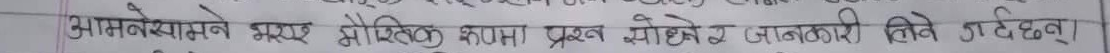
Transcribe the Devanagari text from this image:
आमन्येक्षणमा भए मौतिक कुरामा प्रश्न सोधने जानकारी लेखे गर्दछन्।